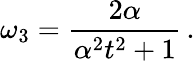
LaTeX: \omega_{3}=\frac{2\alpha}{\alpha^{2}t^{2}+1}\, .